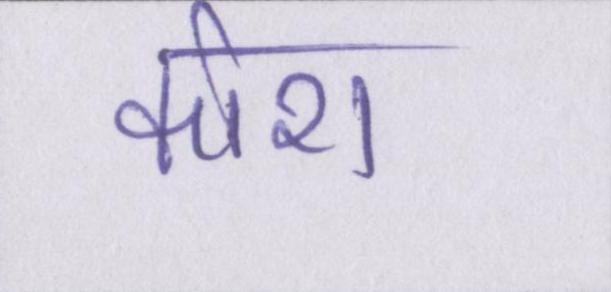
कोरा